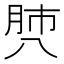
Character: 𰮡